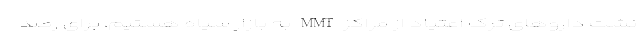
نشت دارو‌های ترک اعتیاد از مراکز MMT به بازار سیاه هستیم، برای رصد